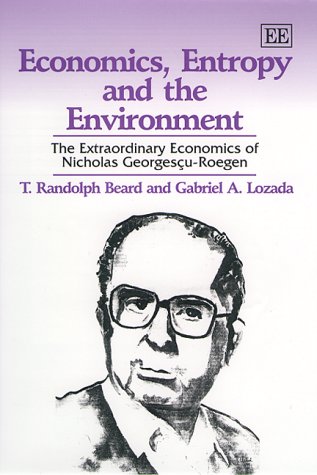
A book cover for Economics, Entropy and the Environment: The Extraordinary Economics of Nicholas Georgescu-Roegen (Elgar Monographs); T. Randolph Beard; Science & Math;